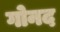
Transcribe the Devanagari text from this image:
गोनद